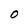
Character: 0